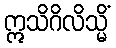
ဣသိဂိလိသ္မိံ